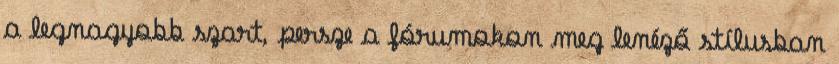
a legnagyobb szart, persze a fórumokon meg lenéző stílusban